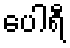
ပေါရီ